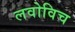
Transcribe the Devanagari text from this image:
लवोविच